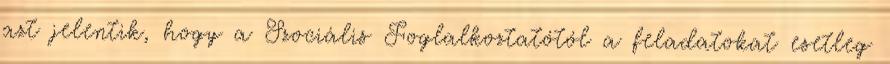
azt jelentik, hogy a Szociális Foglalkoztatótól a feladatokat esetleg